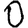
Digit: 0